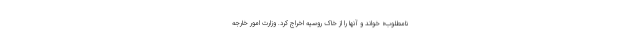
نامطلوب» خواند و آنها را از خاک روسیه اخراج کرد. وزارت امور خارجه